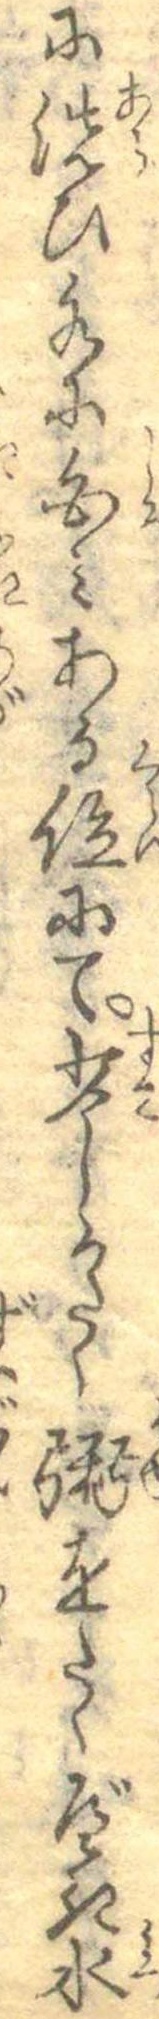
に洗ひ水に白みある位にて少しかたく粥をたくべき水